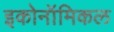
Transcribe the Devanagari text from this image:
इकोनॉमिकल